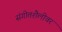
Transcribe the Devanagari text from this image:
संगीतशैलीवर